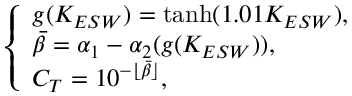
\left\{ \begin{array} { l } { g ( K _ { E S W } ) = \operatorname { t a n h } ( 1 . 0 1 K _ { E S W } ) , } \\ { \bar { \beta } = \alpha _ { 1 } - \alpha _ { 2 } ( g ( K _ { E S W } ) ) , } \\ { C _ { T } = 1 0 ^ { - { \lfloor \bar { \beta } \rfloor } } , } \end{array} \right.